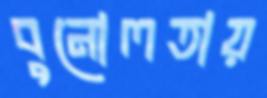
বুনোলতায়